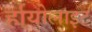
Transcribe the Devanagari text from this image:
र्हायोलाइट